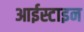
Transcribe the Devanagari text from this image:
आईस्टाइन